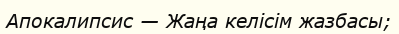
Апокалипсис — Жаңа келісім жазбасы;